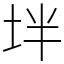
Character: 坢